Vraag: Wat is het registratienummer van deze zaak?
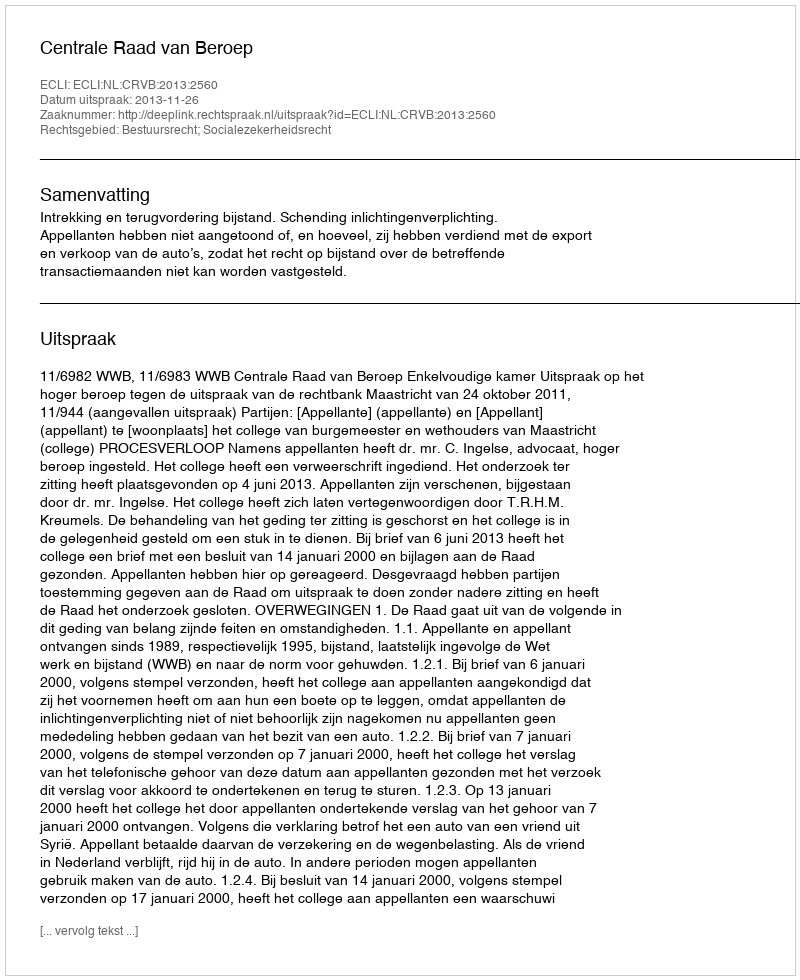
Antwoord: http://deeplink.rechtspraak.nl/uitspraak?id=ECLI:NL:CRVB:2013:2560